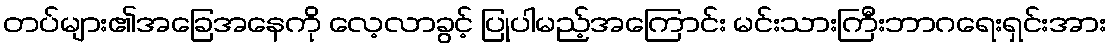
တပ်များ၏အခြေအနေကို လေ့လာခွင့် ပြုပါမည့်အကြောင်း မင်းသားကြီးဘာဂရေးရှင်းအား